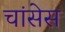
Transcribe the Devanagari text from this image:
चांसेस